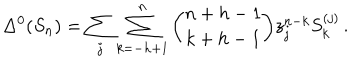
LaTeX: \Delta ^ { 0 } ( S _ { n } ) = \sum _ { j } \sum _ { k = - h + 1 } ^ { n } { \binom { n + h - 1 } { k + h - 1 } } z _ { j } ^ { n - k } S _ { k } ^ { ( j ) } \, .